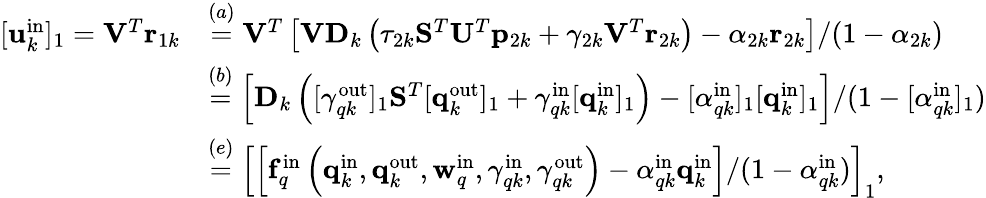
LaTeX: \begin{array}{rl}{[\mathbf{u}_{k}^{\mathrm{in}}]_{1}=\mathbf{V}^{T}\mathbf{r}_{1k}}&{\stackrel{(a)}{=}\mathbf{V}^{T}\left[\mathbf{V}\mathbf{D}_{k}\left(\tau_{2k}\mathbf{S}^{T}\mathbf{U}^{T}\mathbf{p}_{2k}+\gamma_{2k}\mathbf{V}^{T}\mathbf{r}_{2k}\right)-\alpha_{2k}\mathbf{r}_{2k}\right]/(1-\alpha_{2k})}\\ &{\stackrel{(b)}{=}\left[\mathbf{D}_{k}\left([\gamma_{qk}^{\mathrm{out}}]_{1}\mathbf{S}^{T}[\mathbf{q}_{k}^{\mathrm{out}}]_{1}+\gamma_{qk}^{\mathrm{in}}[\mathbf{q}_{k}^{\mathrm{in}}]_{1}\right)-[\alpha_{qk}^{\mathrm{in}}]_{1}[\mathbf{q}_{k}^{\mathrm{in}}]_{1}\right]/(1-[\alpha_{qk}^{\mathrm{in}}]_{1})}\\ &{\stackrel{(e)}{=}\left[\left[\mathbf{f}_{q}^{\mathrm{in}}\left(\mathbf{q}_{k}^{\mathrm{in}},\mathbf{q}_{k}^{\mathrm{out}},\mathbf{w}_{q}^{\mathrm{in}},\gamma_{qk}^{\mathrm{in}},\gamma_{qk}^{\mathrm{out}}\right)-\alpha_{qk}^{\mathrm{in}}\mathbf{q}_{k}^{\mathrm{in}}\right]/(1-\alpha_{qk}^{\mathrm{in}})\right]_{1},}\end{array}